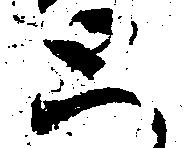
と